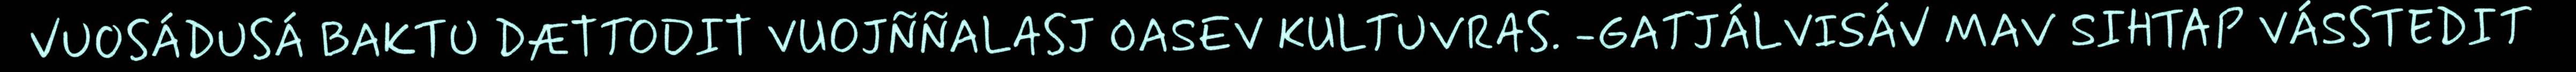
VUOSÁDUSÁ BAKTU DÆTTODIT VUOJÑÑALASJ OASEV KULTUVRAS. -GATJÁLVISÁV MAV SIHTAP VÁSSTEDIT